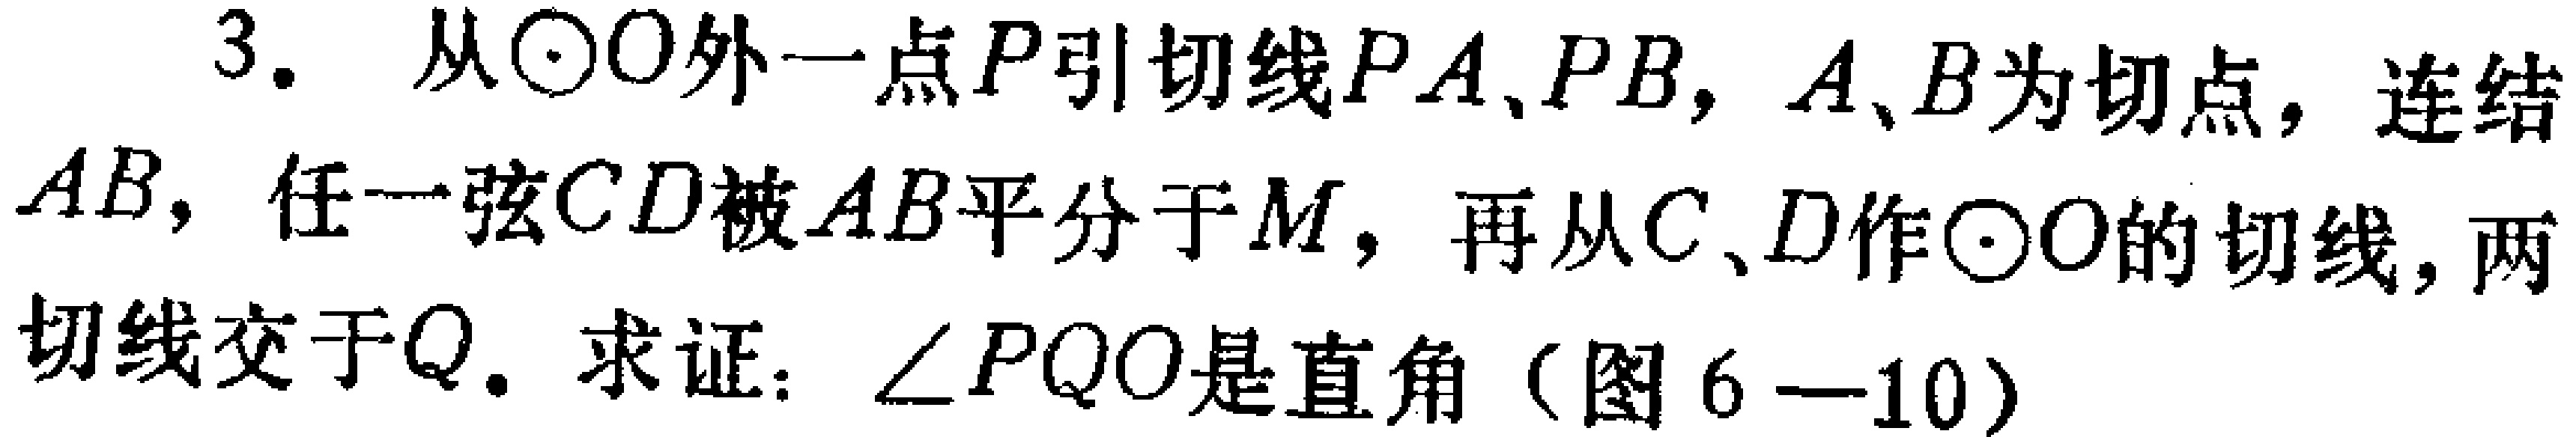
3. 从\(\odot O\)外一点\(P\)引切线\(PA\)、\(PB\)，\(A\)、\(B\)为切点，连结\(AB\)，任一弦\(CD\)被\(AB\)平分于\(M\)，再从\(C\)、\(D\)作\(\odot O\)的切线，两切线交于\(Q\). 求证：\(\angle PQO\)是直角（图\(6 - 10\)）